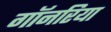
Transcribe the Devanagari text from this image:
गॉनरिया